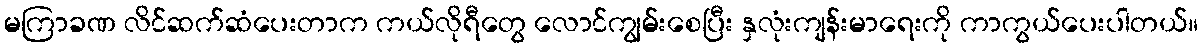
မကြာခဏ လိင်ဆက်ဆံပေးတာက ကယ်လိုရီတွေ လောင်ကျွမ်းစေပြီး နှလုံးကျန်းမာရေးကို ကာကွယ်ပေးပါတယ်။